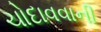
ચોદાવવાની